65_HS1-834228961_62-HQ-83894_Section_1
Agency: FBI
Page 45
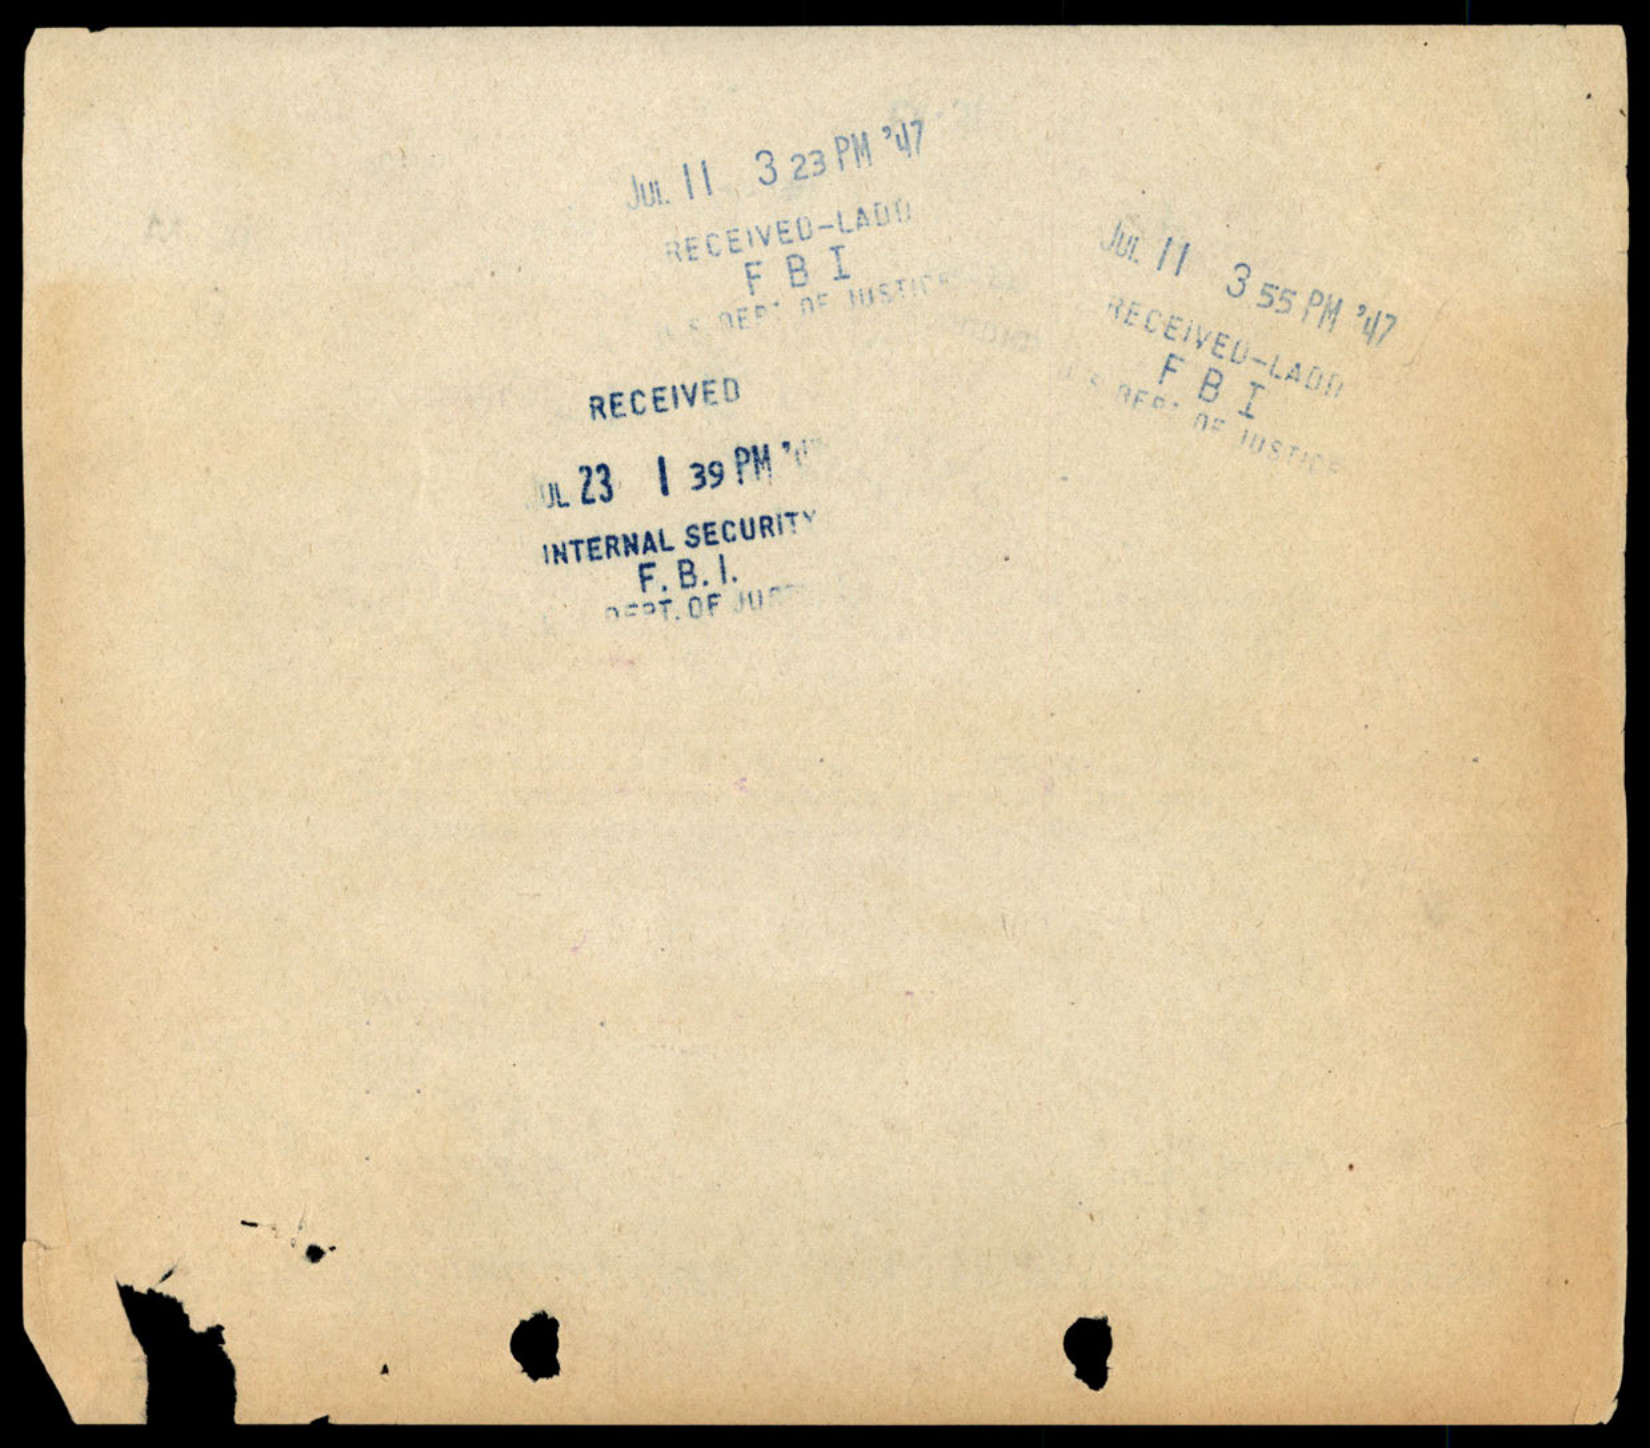